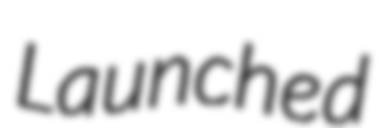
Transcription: Launched